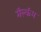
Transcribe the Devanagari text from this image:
मॅल्कॅम